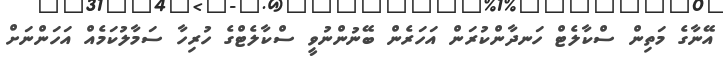
އޭނާގެ މަތިން ސްކާލެޓް ހަނދާންކުރަން އަހަރެން ބޭނުންނުވީ ސްކާލެޓްގެ ހުރިހާ ސަމާލުކަމެއް އަހަންނަށް